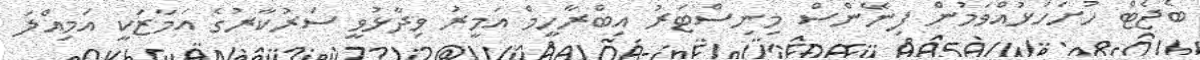
ބެޖެޓް ހުށަހަޅުއްވަމުން ފިނޭންސް މިނިސްޓަރު އިބްރާހީމް އަމީރު ވިދާޅުވީ ސަރުކާރުގެ އަމާޒަކީ އަމިއްލަ